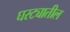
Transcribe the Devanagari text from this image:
घरट्यातील